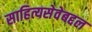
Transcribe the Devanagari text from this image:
साहित्यसेवेबद्दल